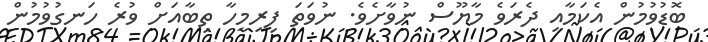
ބޮޑުވުމުން އެކަމާއި ދެރަވެ މާޔޫސް ނުވާށެވެ. ނުވަތަ ފިރިމީހާ ތިބާއަށް ވުރެ ހަނގުވުމުން